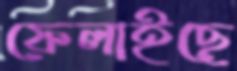
ফেলাইছে